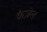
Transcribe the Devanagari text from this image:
कैज़ेल